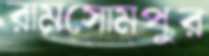
রামসোমপুর